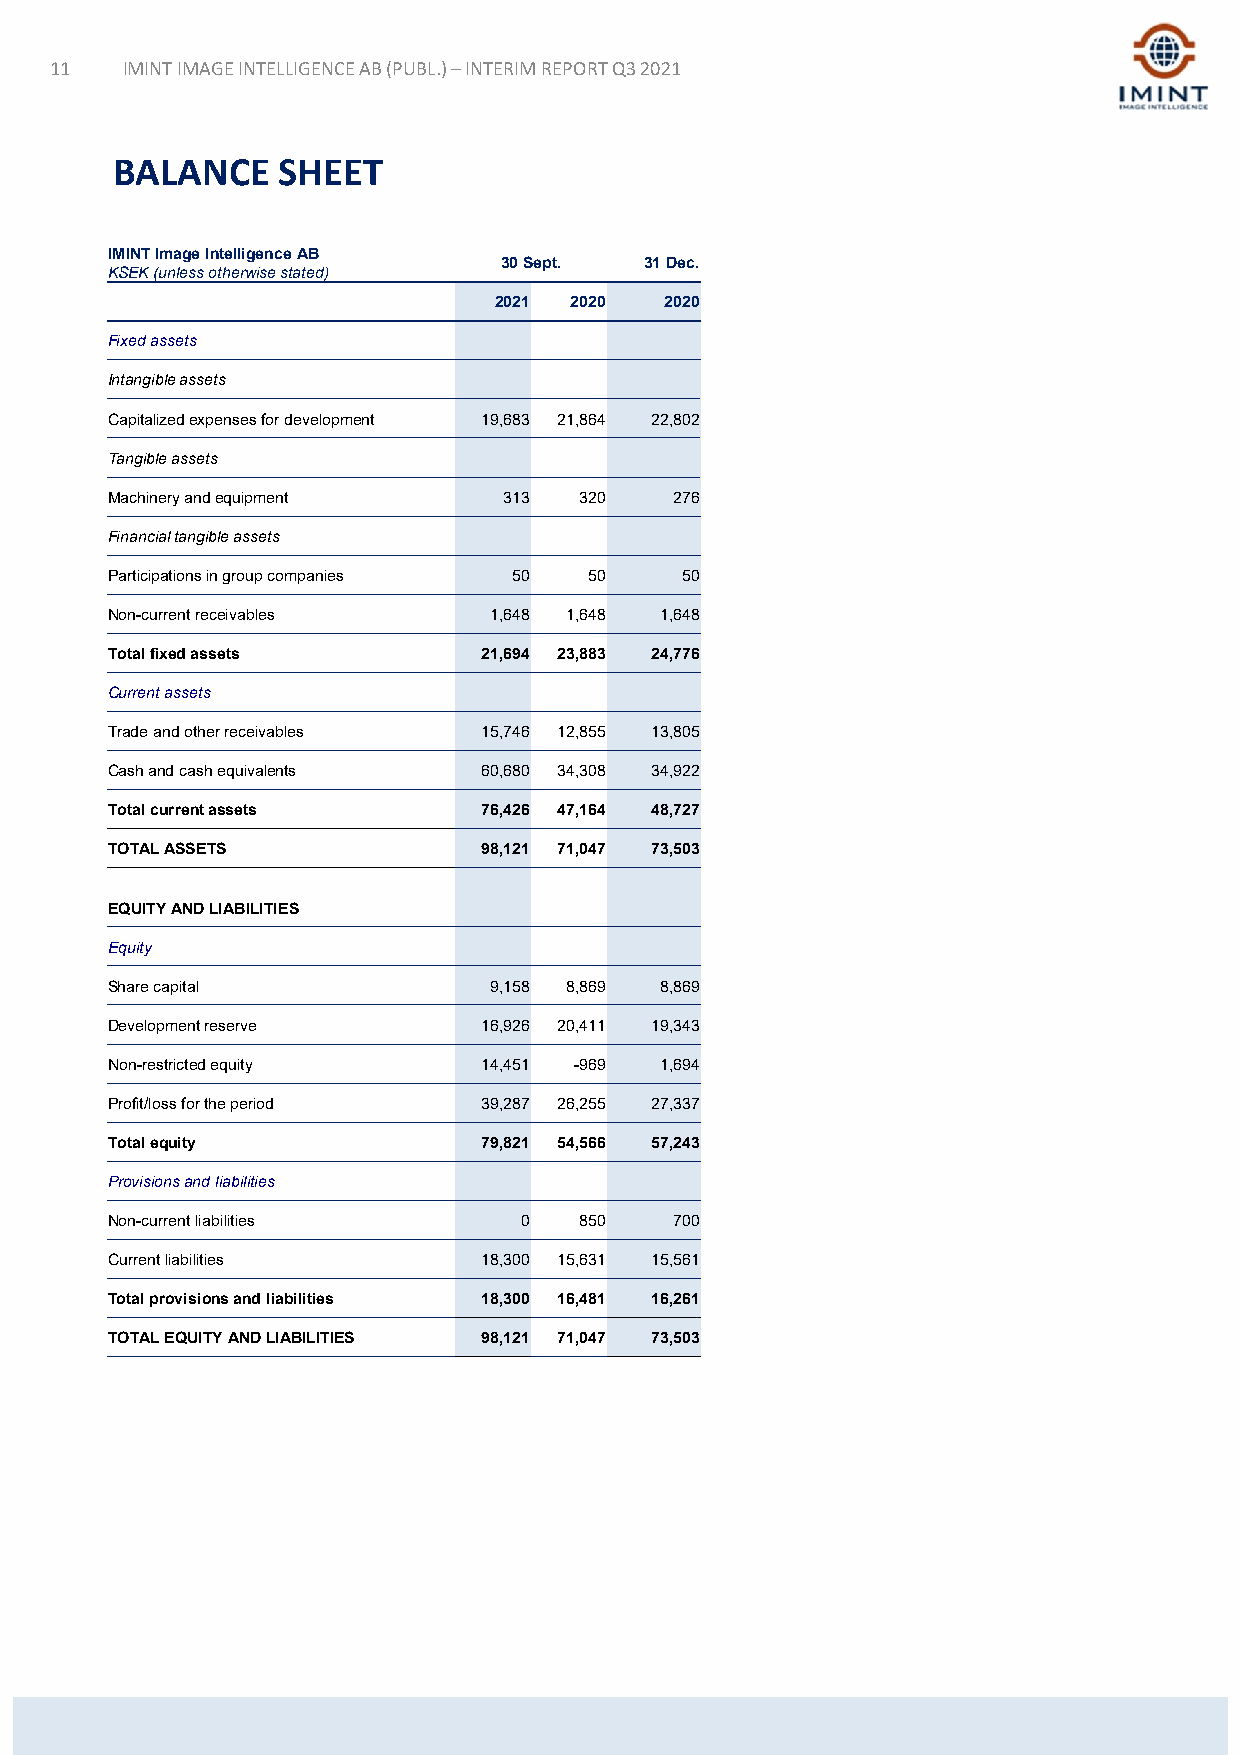
11   IMINT IMAGE INTELLIGENCE AB (PUBL.) –INTERIM REPORT Q3 2021
 BALANCE    SHEET
 IMINT Image Intelligence AB
 30 Sept.  31 Dec.
 KSEK (unless otherwise stated)
 2021 2020  2020
 Fixed assets
 Intangible assets
 Capitalized expenses for development 19,683 21,864 22,802
 Tangible assets
 Machinery and equipment   313  320    276
 Financial tangible assets
 Participations in group companies 50 50 50
 Non-current receivables  1,648 1,648 1,648
 Total fixed assets       21,694 23,883 24,776
 Current assets
 Trade and other receivables 15,746 12,855 13,805
 Cash and cash equivalents 60,680 34,308 34,922
 Total current assets     76,426 47,164 48,727
 TOTAL ASSETS             98,121 71,047 73,503
 EQUITY AND LIABILITIES
 Equity
 Share capital            9,158 8,869 8,869
 Development reserve      16,926 20,411 19,343
 Non-restricted equity    14,451 -969 1,694
 Profit/loss for the period 39,287 26,255 27,337
 Total equity             79,821 54,566 57,243
 Provisions and liabilities
 Non-current liabilities     0  850    700
 Current liabilities      18,300 15,631 15,561
 Total provisions and liabilities 18,300 16,481 16,261
 TOTAL EQUITY AND LIABILITIES 98,121 71,047 73,503